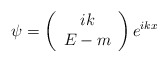
\begin{align*}\psi =\left( \begin{array}{c}ik \\ E-m\end{array}\right) e^{ikx}\end{align*}